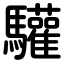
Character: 驩